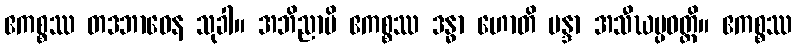
ဧကစ္စဿ တဒဘာဝေန သုခါ။ အဘိညာပိ ဧကစ္စဿ ဒန္ဓာ ဟောတိ မန္ဒာ အသီဃပ္ပဝတ္တိ။ ဧကစ္စဿ